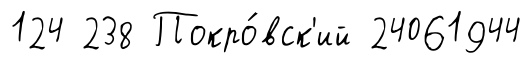
124 238 Покро́вск'ий 24061944